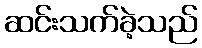
ဆင်းသက်ခဲ့သည်